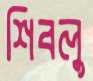
শিবলু